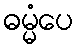
ဓမ္မံပေ